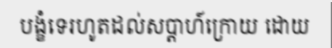
បង្ខំទេរហូតដល់សប្តាហ៍ក្រោយ ដោយ